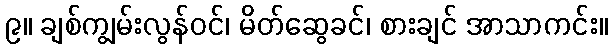
၉။ ချစ်ကျွမ်းလွန်ဝင်၊ မိတ်ဆွေခင်၊ စားချင် အာသာကင်း။